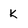
Character: K